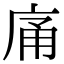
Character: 𭙡